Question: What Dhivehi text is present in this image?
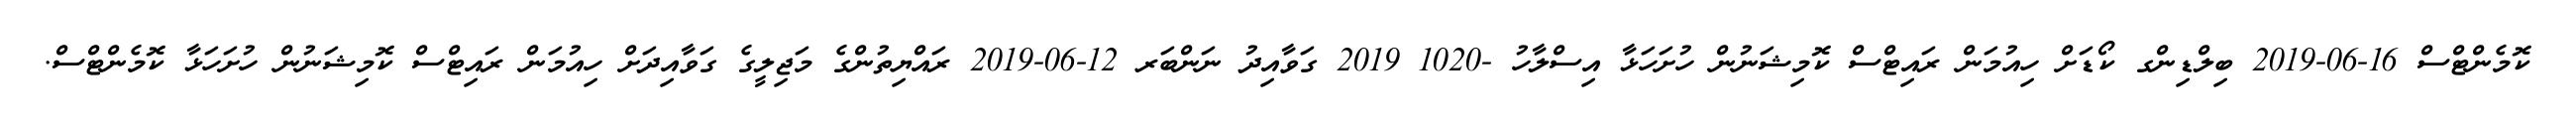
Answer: ކޮމެންޓްސް 16-06-2019 ބިލްޑިންގ ކޯޑަށް ހިއުމަން ރައިޓްސް ކޮމިޝަނުން ހުށަހަޅާ އިސްލާހު -1020 2019 ގަވާއިދު ނަންބަރ 12-06-2019 ރައްޔިތުންގެ މަޖިލީގެ ގަވާއިދަށް ހިއުމަން ރައިޓްސް ކޮމިޝަނުން ހުށަހަޅާ ކޮމެންޓްސް.